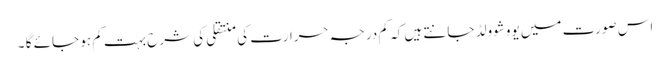
اس صورت میں یووشوولڈ جانتے ہیں کہ کم درجہ حرارت کی منتقلی کی شرح بہت کم ہو جائے گا ۔